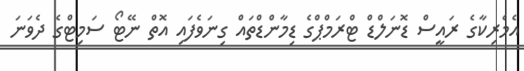
އެމެރިކާގެ ރައީސް ޑޮނަލްޑް ޓްރަމްޕްގެ ޑިމާންޑްތައް ގިނަވެފައި އޮތް ނޭޓޯ ސަމިޓްގެ ދެވަނަ